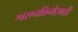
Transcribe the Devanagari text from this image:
श्वसनक्रियेसाठी